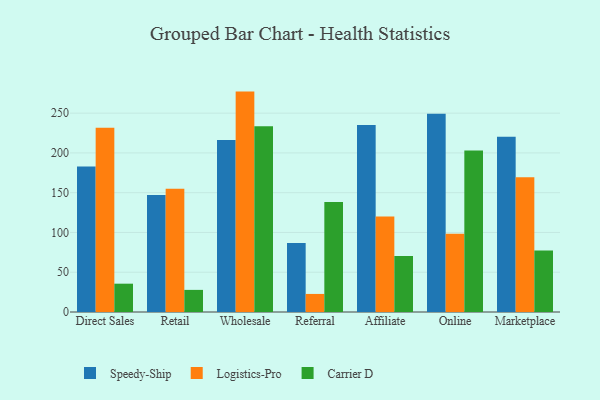
{"axis": {"x": "Channel", "y": "Headcount"}, "legend": ["Carrier D", "Logistics-Pro", "Speedy-Ship"], "data": [{"x": "Direct Sales", "y": 182.9, "type": "Speedy-Ship"}, {"x": "Direct Sales", "y": 231.7, "type": "Logistics-Pro"}, {"x": "Direct Sales", "y": 35.6, "type": "Carrier D"}, {"x": "Retail", "y": 147.2, "type": "Speedy-Ship"}, {"x": "Retail", "y": 155.1, "type": "Logistics-Pro"}, {"x": "Retail", "y": 27.8, "type": "Carrier D"}, {"x": "Wholesale", "y": 216.2, "type": "Speedy-Ship"}, {"x": "Wholesale", "y": 277.1, "type": "Logistics-Pro"}, {"x": "Wholesale", "y": 233.5, "type": "Carrier D"}, {"x": "Referral", "y": 86.9, "type": "Speedy-Ship"}, {"x": "Referral", "y": 22.7, "type": "Logistics-Pro"}, {"x": "Referral", "y": 138.4, "type": "Carrier D"}, {"x": "Affiliate", "y": 235.0, "type": "Speedy-Ship"}, {"x": "Affiliate", "y": 120.1, "type": "Logistics-Pro"}, {"x": "Affiliate", "y": 70.4, "type": "Carrier D"}, {"x": "Online", "y": 249.1, "type": "Speedy-Ship"}, {"x": "Online", "y": 98.4, "type": "Logistics-Pro"}, {"x": "Online", "y": 203.1, "type": "Carrier D"}, {"x": "Marketplace", "y": 220.2, "type": "Speedy-Ship"}, {"x": "Marketplace", "y": 169.4, "type": "Logistics-Pro"}, {"x": "Marketplace", "y": 77.4, "type": "Carrier D"}]}